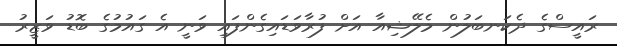
ރައީސްގެ ދެކަނބަލުން މެލޭޝިއާ އަށް ފުރާވަޑައިގެންފައި ވަނީ އެ ގައުމުގެ ބޮޑު ވަޒީރު